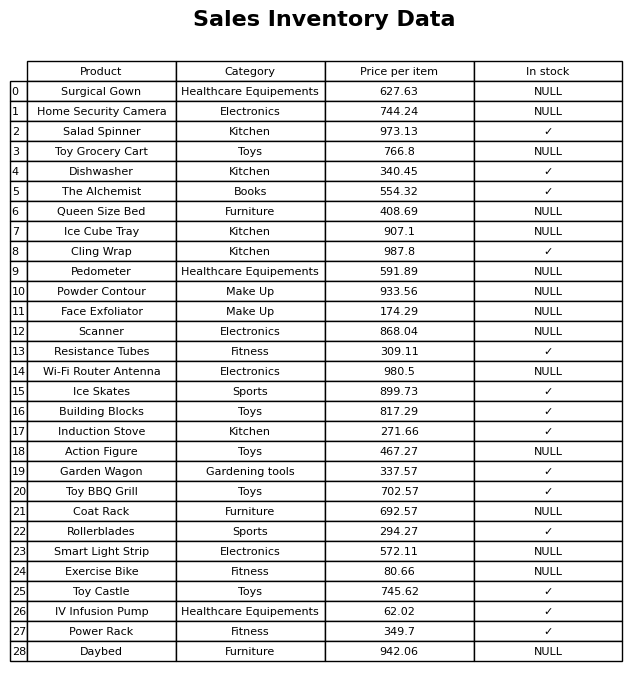
question: What is the price for Action Figure?
answer: The price of Action Figure is 467.27.